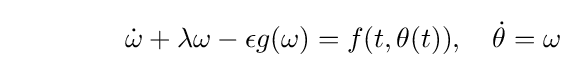
\qquad \qquad {\dot {\omega }}+\lambda \omega -\epsilon g(\omega )=f(t,\theta (t)),\quad {\dot {\theta }}=\omega